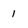
Character: 1